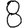
Digit: 8